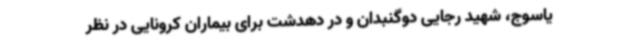
یاسوج، شهید رجایی دوگنبدان و در دهدشت برای بیماران کرونایی در نظر